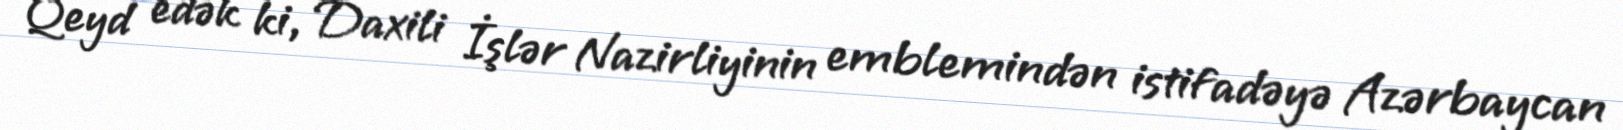
Qeyd edək ki, Daxili İşlər Nazirliyinin emblemindən istifadəyə Azərbaycan